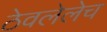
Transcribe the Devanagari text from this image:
ठेवलेलेच